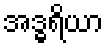
အဒ္ဓရိယာ